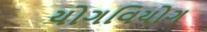
યોગવિયોગ